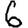
Digit: 6